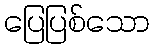
ပြေပြစ်သော